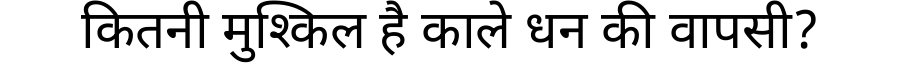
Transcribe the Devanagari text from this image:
कितनी मुश्किल है काले धन की वापसी?